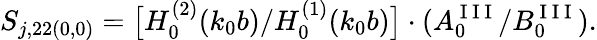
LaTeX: S_{j,22(0,0)}=\big[H_{0}^{(2)}(k_{0}b)/H_{0}^{(1)}(k_{0}b)\big]\cdot(A_{0}^{\mathrm{~I~I~I~}}/B_{0}^{\mathrm{~I~I~I~}}).